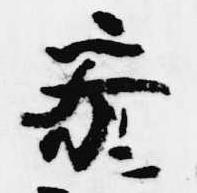
参